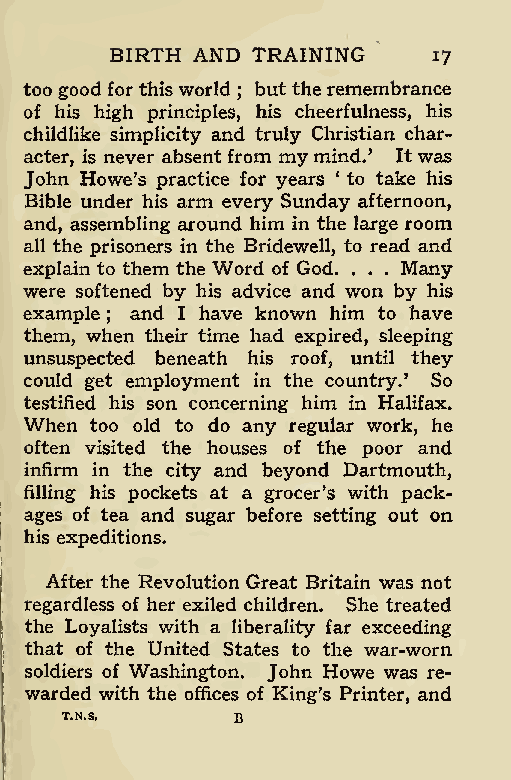
BIRTH AND TRAINING
 17
 too good forthisworld but the remembrance
 ;
 of his high principles, his cheerfulness, his
 childlike simplicity and truly Christian char-
 acter, is never absent from my mind.’ Itwas
 John Howe’s practice for years ‘ to take his
 Bible under his arm every Sunday afternoon,
 and, assembling around him in the large room
 all the prisoners in the Bridewell, to read and
 explain to them the Word of God. Many
 . . .
 were softened by his advice and won by his
 example and I have known him to have
 ;
 them, when their time had expired, sleeping
 unsuspected beneath his roof, until they
 could get employment in the country.’ So
 testified his son concerning him in Halifax.
 When too old to do any regular work, he
 often visited the houses of the poor and
 infirm in the city and beyond Dartmouth,
 filling his pockets at a grocer’s with pack-
 ages of tea and sugar before setting out on
 his expeditions.
 After the Revolution Great Britain was not
 regardless of her exiled children. She treated
 the Loyalists with a liberality far exceeding
 that of the United States to the war-worn
 soldiers of Washington. John Howe was re-
 warded with the offices of King’s Printer, and
 T.N.S,     b